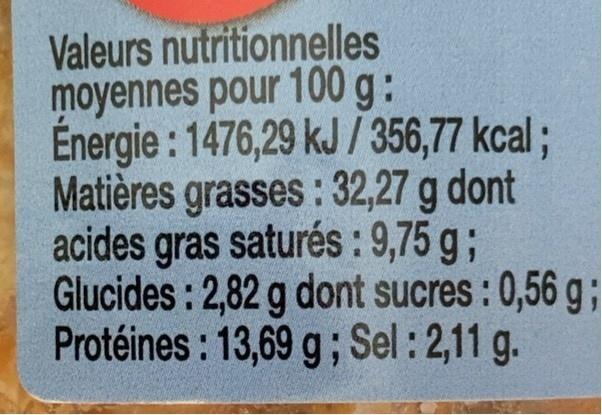
Valeurs nutritionnelles moyennes pour 100 g: Énergie : 1476,29 kJ /356,77 kcal; Matières grasses: 32,27 g dont acides gras saturés : 9,75 g; Glucides: 2,82 g dont sucres: 0,56 g; Protéines : 13,69 g ; Sel : 2,11 g.